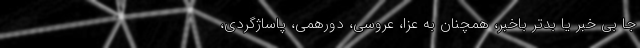
جا بی خبر یا بدتر باخبر، همچنان به عزا، عروسی، دورهمی، پاساژگردی،